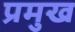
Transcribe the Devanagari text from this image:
प्रमुख्‍ा